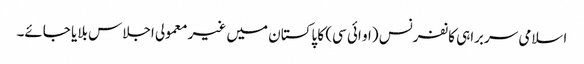
اسلامی سربراہی کانفرنس (او ائی سی) کا پاکستان میں غیر معمولی اجلاس بلایا جائے۔